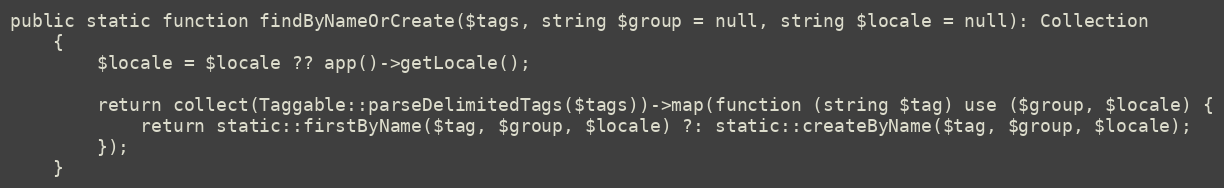
Language: PHP
public static function findByNameOrCreate($tags, string $group = null, string $locale = null): Collection
    {
        $locale = $locale ?? app()->getLocale();

        return collect(Taggable::parseDelimitedTags($tags))->map(function (string $tag) use ($group, $locale) {
            return static::firstByName($tag, $group, $locale) ?: static::createByName($tag, $group, $locale);
        });
    }